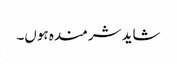
شاید شرمندہ ہوں۔